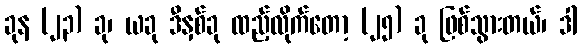
ခုန (၂၃) ခု၊ ယခု ဒီနှစ်ခု ထည့်လိုက်တော့ (၂၅) ခု ဖြစ်သွားတယ်၊ ဒါ